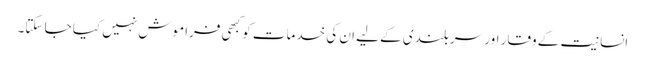
انسانیت کے وقار اور سربلندی کے لیے ان کی خدمات کو کبھی فراموش نہیں کیا جا سکتا۔